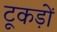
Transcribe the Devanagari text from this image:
टूकड़ों